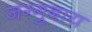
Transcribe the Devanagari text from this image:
जग्गुबाय